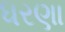
ધરણા